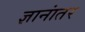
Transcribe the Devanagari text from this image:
ज्ञानांतर